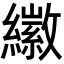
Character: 𦆮